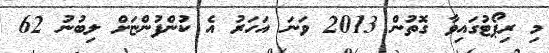
މި ރިޕޯޓުގައިވާ ގޮތުން 2013 ވަނަ އަހަރު އެ ކުންފުންޏަށް ލިބުނު 62